Sleeping sickness
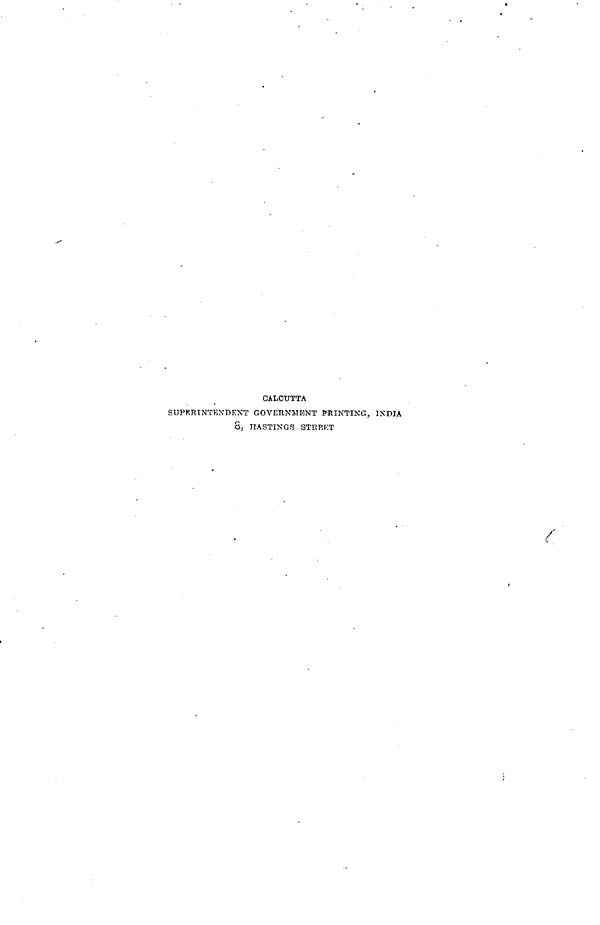
CALCUTTA
SUPKRINTENBENT GOVERNMENT PRINTING, INDIA
8. HASTINGS STREKT